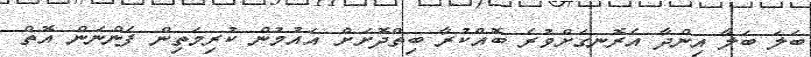
ބަލަ ބަލާ އިންދާ އެރޮނގަށްވުރެ ބޮއްކުރާ ބިތްދޮަށަށް އައުމުން ކުރިމަތިން ފެންނަން އޮތް